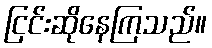
ငြင်းဆိုနေကြသည်။